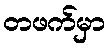
တဖက်မှာ